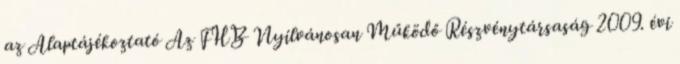
az Alaptájékoztató Az FHB Nyilvánosan Működő Részvénytársaság 2009. évi